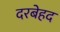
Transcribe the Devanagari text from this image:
दरबेहद